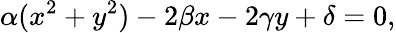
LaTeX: \alpha(x^{2}+y^{2})-2\beta x-2\gamma y+\delta=0,